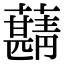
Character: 𧃠